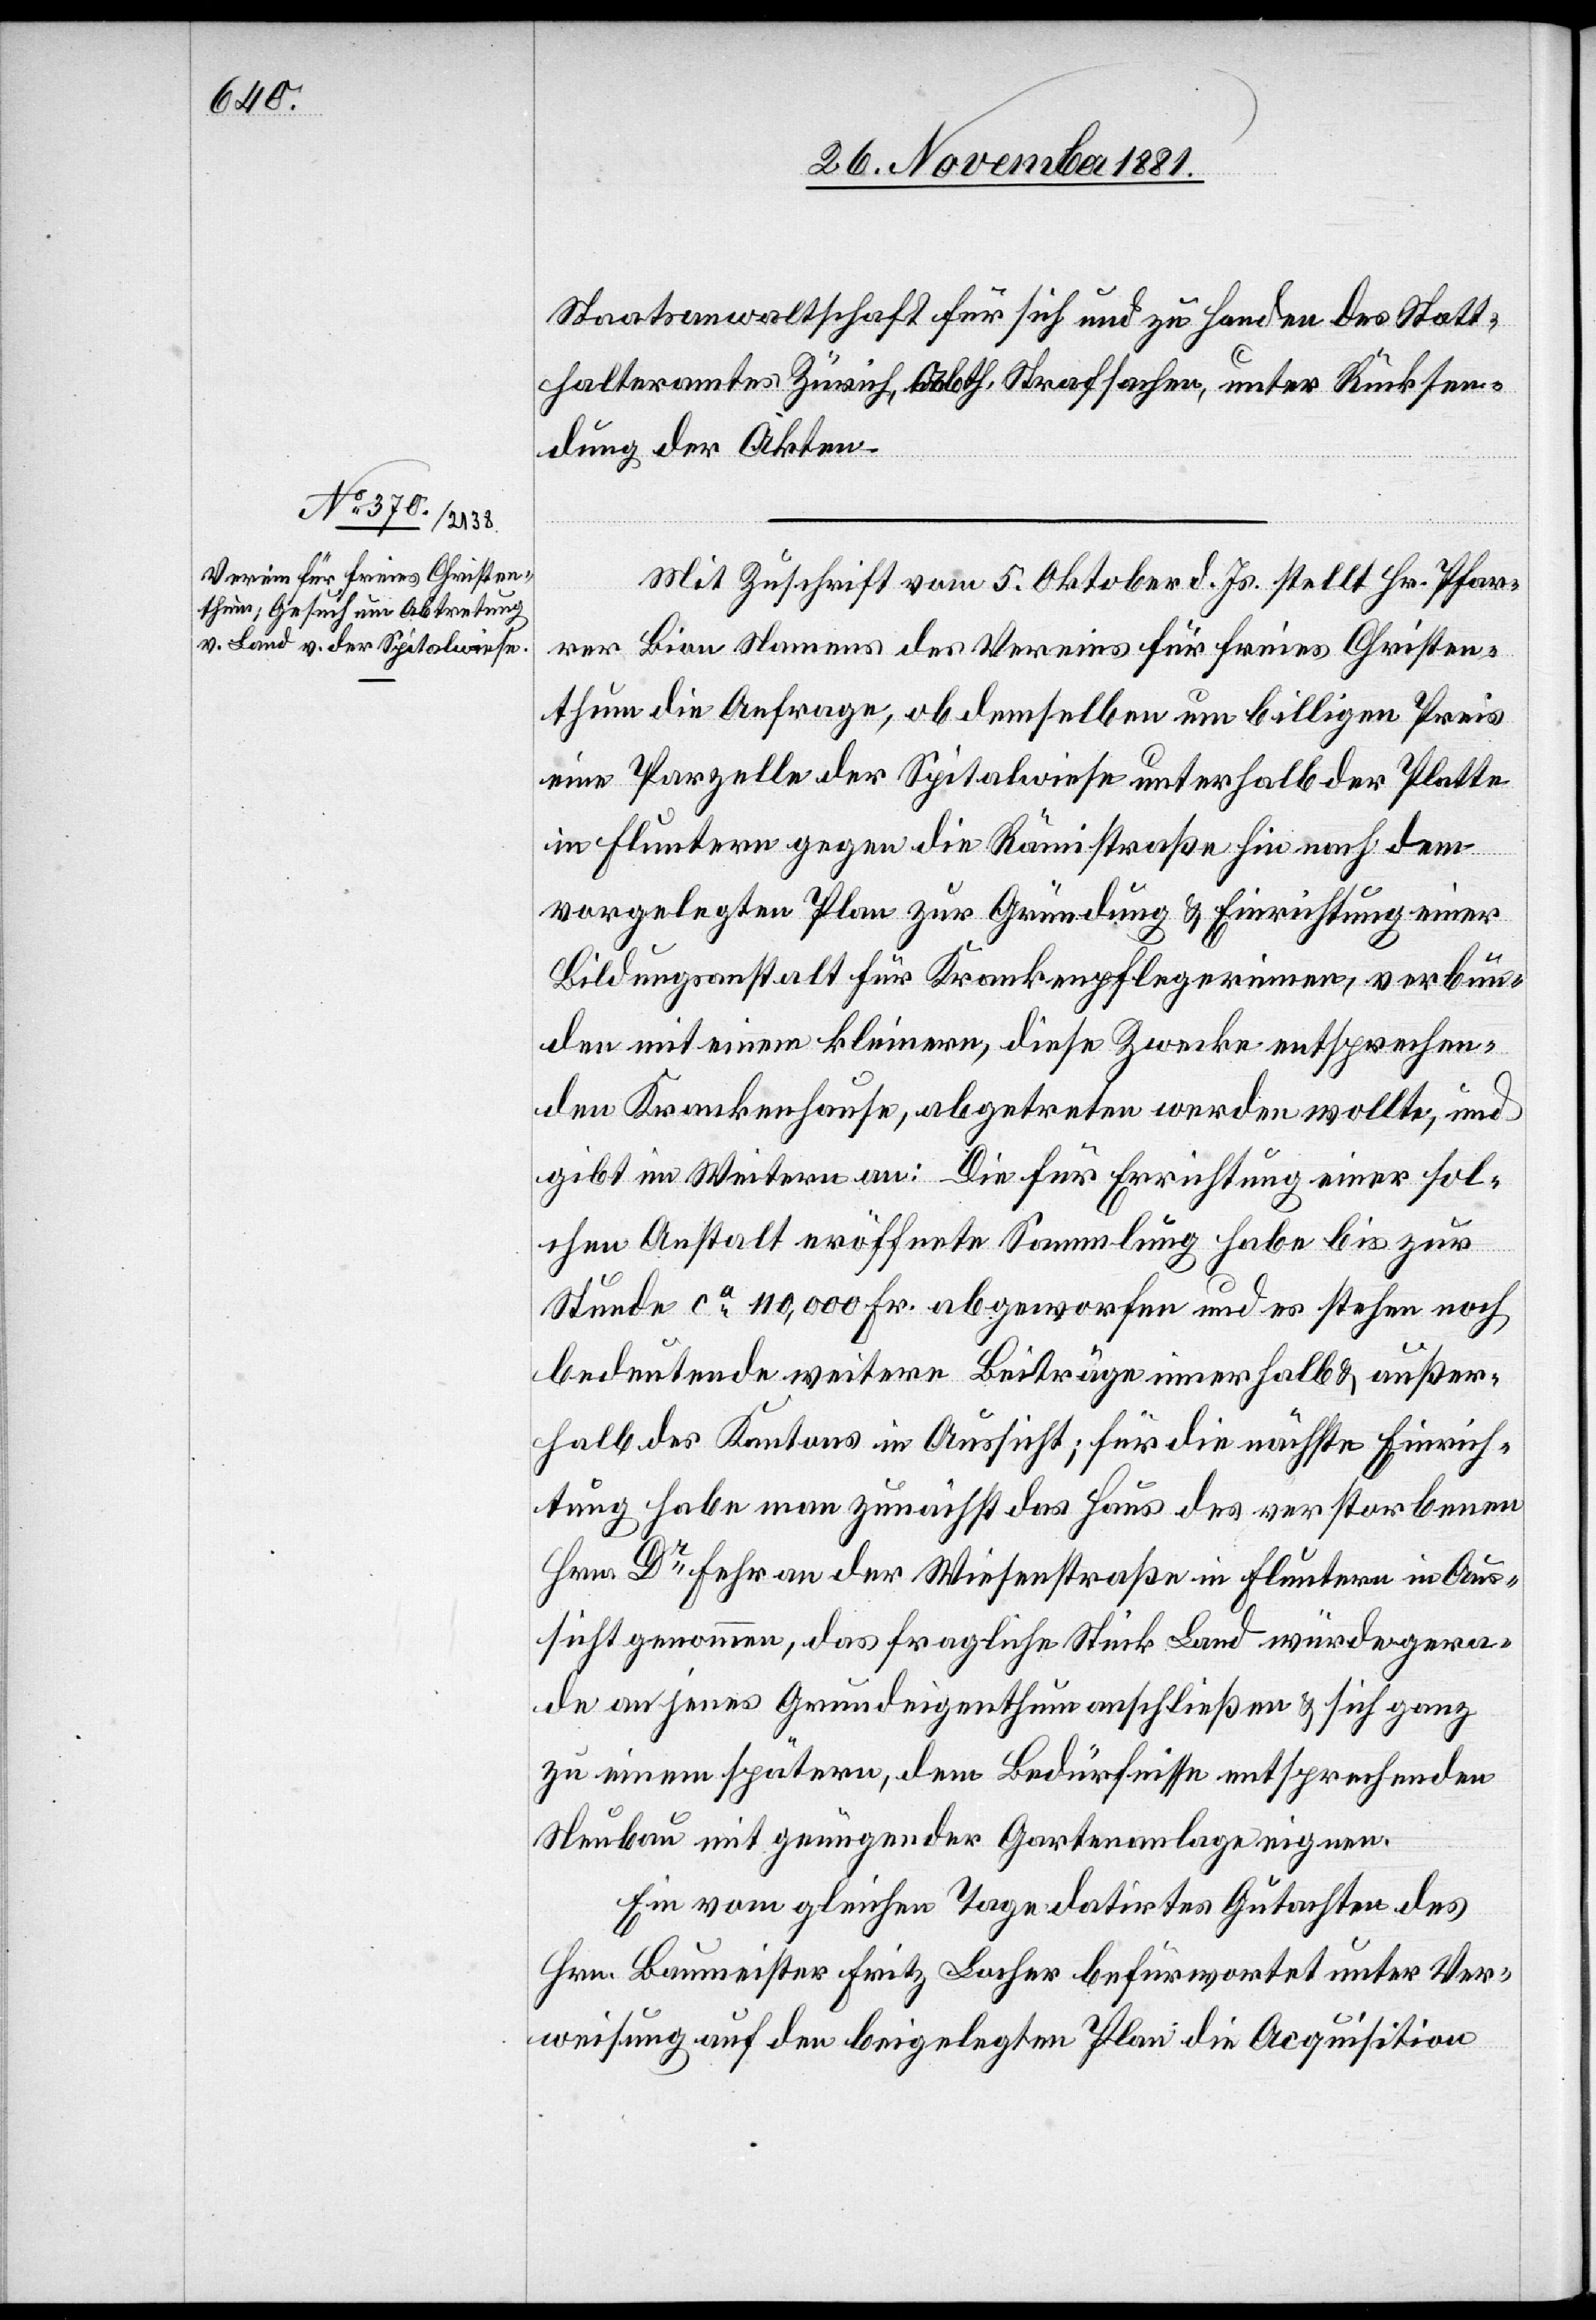
Staatsanwaltschaft für sich und zu Handen des Statt¬
halteramtes Zürich, Abth. Strafsachen, unter Rücksen¬
dung der Akten.
Mit Zuschrift vom 5. Oktober d. Js. stellt Hr. Pfar¬
rer Bion Namens des Vereins für freies Christen¬
thum die Anfrage, ob demselben um billigen Preis
eine Parzelle der Spitalwiese unterhalb der Platte
in Fluntern gegen die Rämistraße hin nach dem
vorgelegten Plan zur Gründung & Einrichtung einer
Bildungsanstalt für Krankenpflegerinnen, verbun¬
den mit einem kleinern, diese[m] Zwecke entsprechen¬
den Krankenhause, abgetreten werden wollte, und
gibt im Weitern an: Die für Errichtung einer sol¬
chen Anstalt eröffnete Sammlung habe bis zur
Stunde ca 110,000 Fr. abgeworfen und es stehen noch
bedeutende weitere Beiträge innerhalb & außer¬
halb des Kantons in Aussicht; für die nächste Einrich¬
tung habe man zunächst das Haus des verstorbenen
Hrn. Dr Fehr an der Wiesenstraße in Fluntern in Aus¬
sicht genommen, das fragliche Stück Land würde gera¬
de an jenes Grundeigenthum anschließen & sich ganz
zu einem spätern, dem Bedürfnisse entsprechenden
Neubau mit genügender Gartenanlage eignen.
Ein vom gleiche Tage datirtes Gutachten des
Hrn. Baumeister Fritz Locher befürwortet unter Ver¬
weisung auf den beigelegten Plan die Acquisition